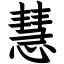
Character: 慧